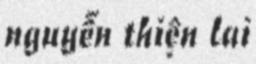
nguyễn thiện lai